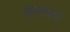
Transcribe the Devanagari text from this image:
वारछंद